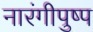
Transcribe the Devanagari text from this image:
नारंगीपुष्प